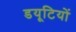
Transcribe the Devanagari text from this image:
डयूटियों